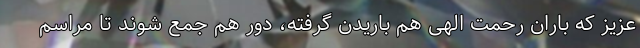
عزیز که باران رحمت الهی هم باریدن گرفته، دور هم جمع شوند تا مراسم